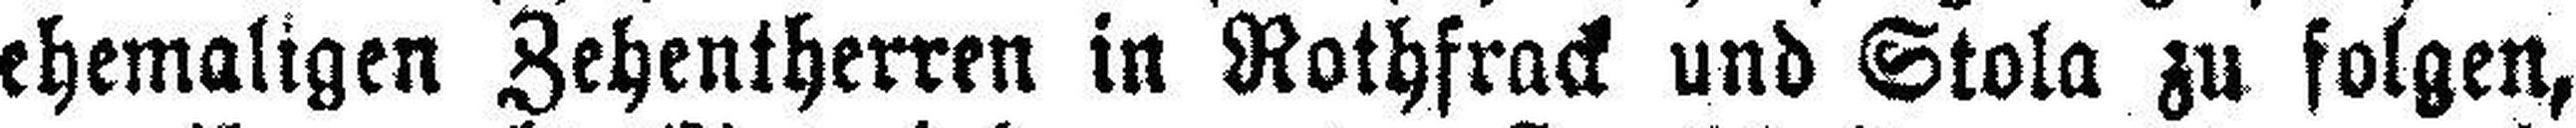
ehemaligen Zehentherren in Rothfrack und Stola zu folgen,